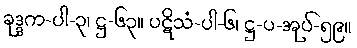
ခုဒ္ဒက-ပါ-၃၊ ဋ္ဌ-၆၃။ ပဋိသံ-ပါ-၆၊ ဋ္ဌ-ပ-အုပ်-၅၉။